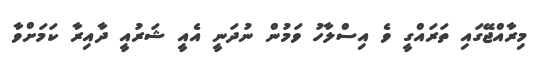
މިރާއްޖޭގައި ތަރައްގީ ވެ އިސްލާހު ވަމުން ނުދަނީ އެއީ ޝަރުއީ ދާއިރާ ކަމަށްވާ